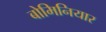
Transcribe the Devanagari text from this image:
बोमिनियार